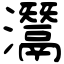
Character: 灊